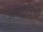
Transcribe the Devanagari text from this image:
ठिकाणांविषयी